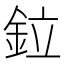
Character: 鉝